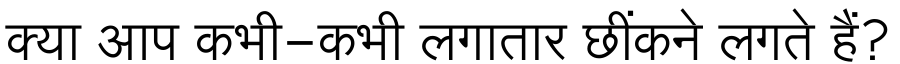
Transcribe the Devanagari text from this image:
क्या आप कभी-कभी लगातार छींकने लगते हैं?